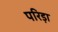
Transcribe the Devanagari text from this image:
परिड़ा